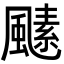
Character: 𩘣